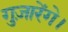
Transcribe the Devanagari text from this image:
गुज़ारेंगे।